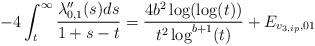
LaTeX: \begin{align*} -4 \int_{t}^{\infty} \frac{\lambda_{0,1}''(s) ds}{1+s-t} = \frac{4b^{2} \log(\log(t))}{t^{2}\log^{b+1}(t)} + E_{v_{3,ip},01}\end{align*}